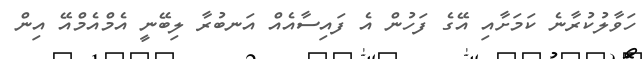
ހަވާލުކުރާނެ ކަމަށާއި އޭގެ ފަހުން އެ ފައިސާއެއް އަނބުރާ ލިބޭނީ އެމްއެމްއޭ އިން